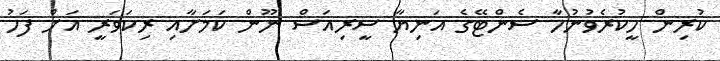
ކުރިން ހީކުރެވުނުހާ ސެންޓޭގެ އަނިޔާ ސީރިއަސް ނޫން ކަމަށާއި ރިކަވަރީ އަށް ފަހު